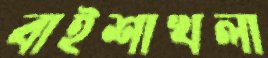
বাইশাখলা